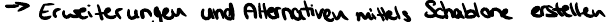
-> Erweiterungen und Alternativen mittels Schablone erstellen